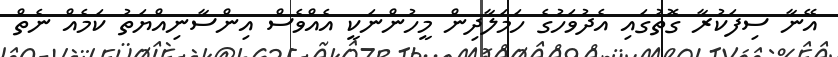
އޭނާ ސިފަކުރާ ގޮތުގައި އެދުވަހުގެ ހަމަލާދިން މީހުންނަކީ އެއްވެސް އިންސާނިއްޔަތު ކަމެއް ނެތް